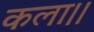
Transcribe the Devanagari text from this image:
कला।।